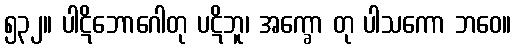
၅၃၂။ ပါဋိဘောဂေါတု ပဋိဘူ၊ အက္ခော တု ပါသကော ဘဝေ။